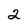
Character: 2